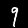
Digit: 9